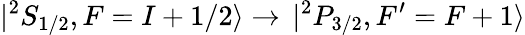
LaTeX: |^{2}S_{1/2},F=I+1/2\rangle\rightarrow\, |^{2}P_{3/2},F^{\prime}=F+1\rangle